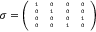
\sigma = { \tiny \left( \begin{array} { c c c c } { { 1 } } & { { 0 } } & { { 0 } } & { { 0 } } \\ { { 0 } } & { { 1 } } & { { 0 } } & { { 0 } } \\ { { 0 } } & { { 0 } } & { { 0 } } & { { 1 } } \\ { { 0 } } & { { 0 } } & { { 1 } } & { { 0 } } \end{array} \right) }